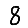
Digit: 8